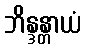
ဘိန္ဒန္တာယံ